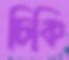
চিকি